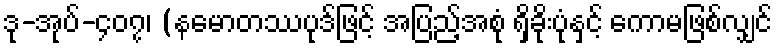
ဒု-အုပ်-၄၀၇၊ (နမောတဿပုဒ်ဖြင့် အပြည့်အစုံ ရှိခိုးပုံနှင့် ကောမဖြစ်လျှင်